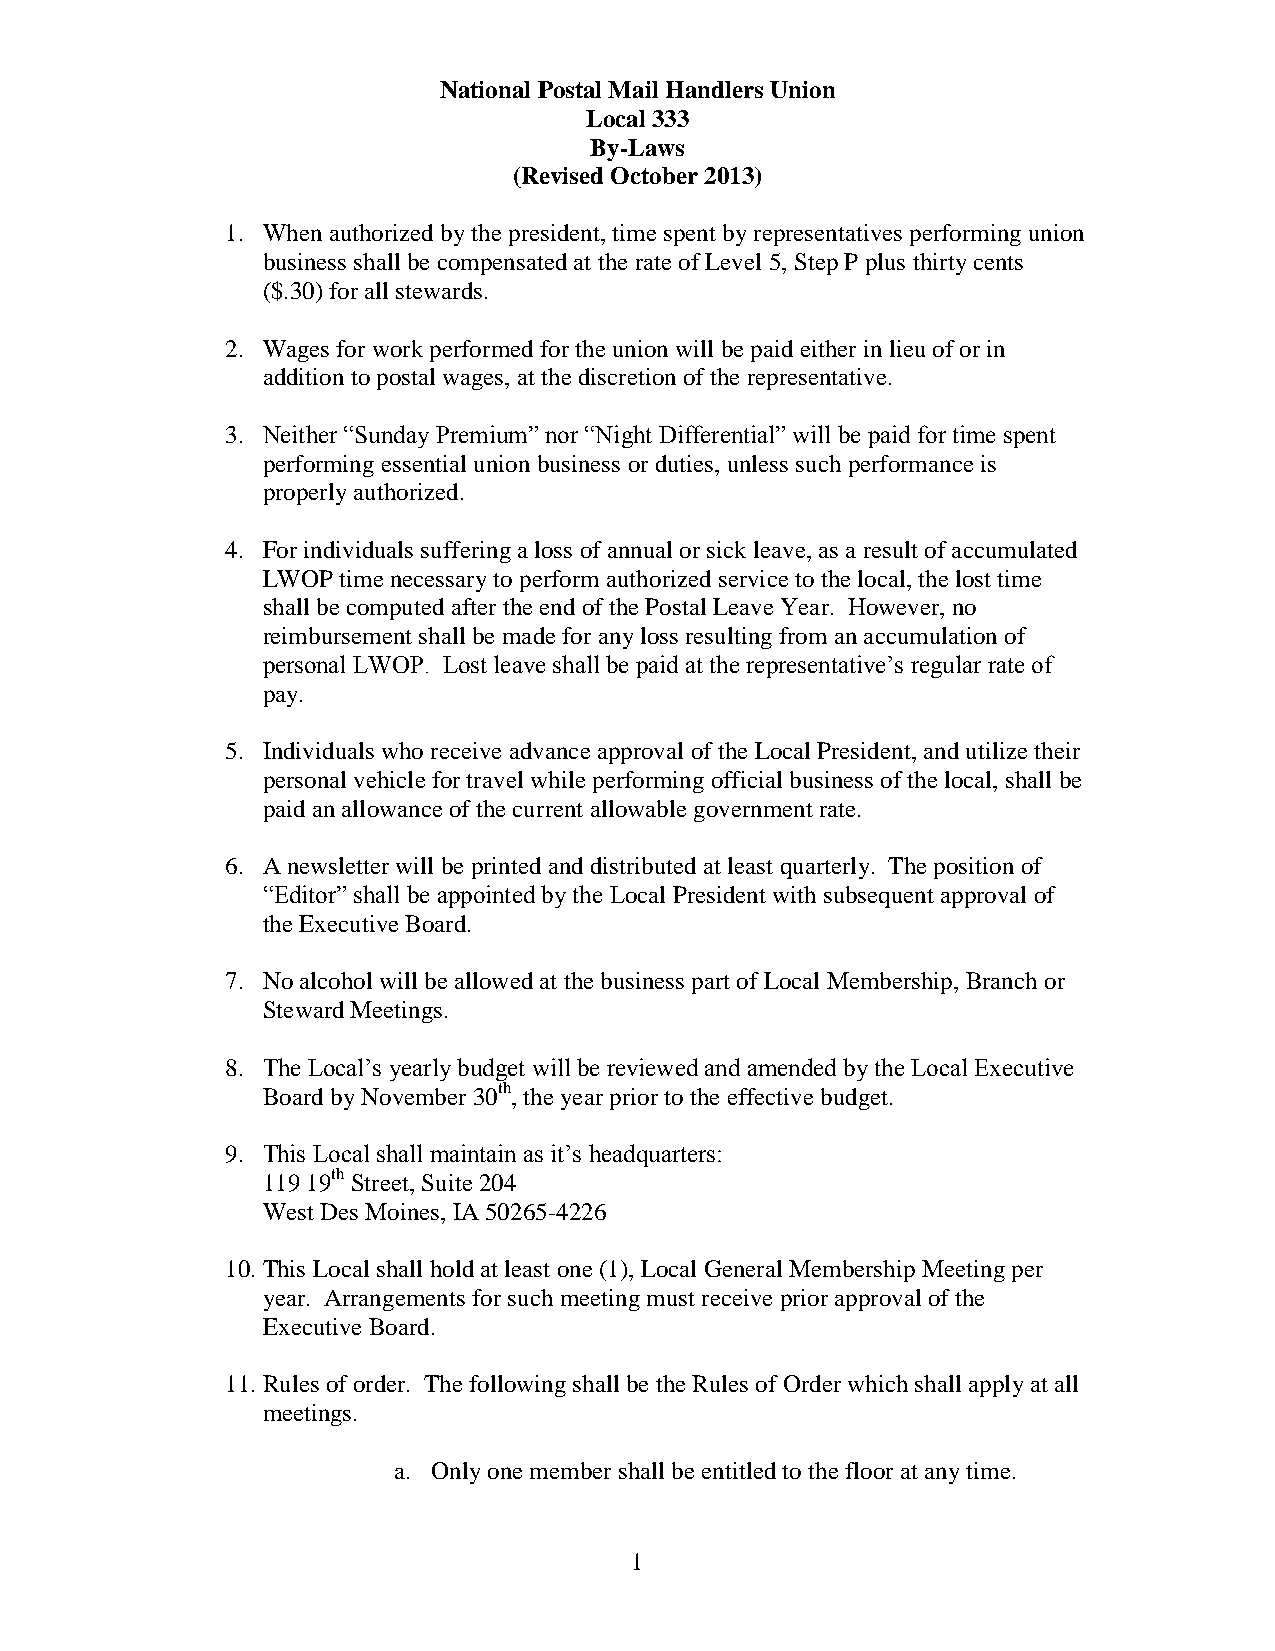
National Postal Mail Handlers Union
 Local 333
 By-Laws
 (Revised October 2013)
 1. When authorized by the president, time spent by representatives performing union
 business shall be compensated at the rate of Level 5, Step P plus thirty cents
 ($.30) for all stewards.
 2. Wages for work performed for the union will be paid either in lieu of or in
 addition to postal wages, at the discretion of the representative.
 3. Neither “Sunday Premium” nor “Night Differential” will be paid for time spent
 performing essential union business or duties, unless such performance is
 properly authorized.
 4. For individuals suffering a loss of annual or sick leave, as a result of accumulated
 LWOP time necessary to perform authorized service to the local, the lost time
 shall be computed after the end of the Postal Leave Year. However, no
 reimbursement shall be made for any loss resulting from an accumulation of
 personal LWOP. Lost leave shall be paid at the representative’s regular rate of
 pay.
 5. Individuals who receive advance approval of the Local President, and utilize their
 personal vehicle for travel while performing official business of the local, shall be
 paid an allowance of the current allowable government rate.
 6. A newsletter will be printed and distributed at least quarterly. The position of
 “Editor” shall be appointed by the Local President with subsequent approval of
 the Executive Board.
 7. No alcohol will be allowed at the business part of Local Membership, Branch or
 Steward Meetings.
 8. The Local’s yearly budget will be reviewed and amended by the Local Executive
 Board by November 30th, the year prior to the effective budget.
 9. This Local shall maintain as it’s headquarters:
 119 19th Street, Suite 204
 West Des Moines, IA 50265-4226
 10. This Local shall hold at least one (1), Local General Membership Meeting per
 year. Arrangements for such meeting must receive prior approval of the
 Executive Board.
 11. Rules of order. The following shall be the Rules of Order which shall apply at all
 meetings.
 a. Only one member shall be entitled to the floor at any time.
 1